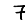
Digit: 7